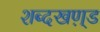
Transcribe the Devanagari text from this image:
शब्दखण़्ड